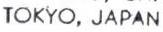
TOKYO, JAPAN